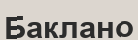
Баклано